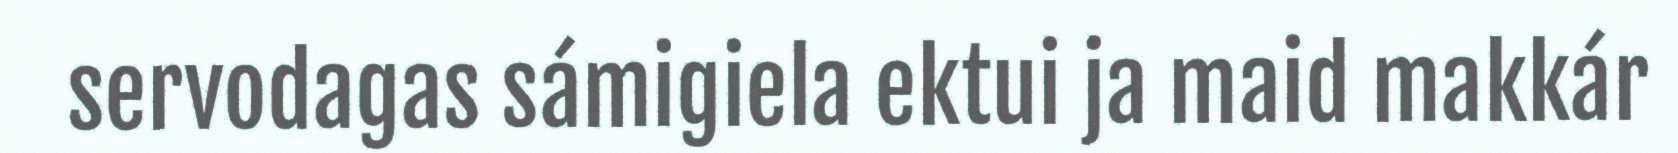
servodagas sámigiela ektui ja maid makkár